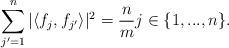
LaTeX: \begin{align*}\sum\limits_{j'=1}^n |\langle f_j, f_{j'} \rangle|^2 = \frac{n}{m} j \in \{1,...,n\}.\end{align*}